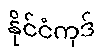
နိုင်ငံကုဒ်